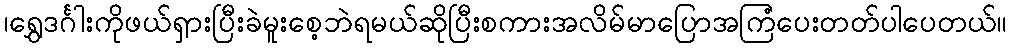
၊ရွှေဒင်္ဂါးကိုဖယ်ရှားပြီးခဲမူးစေ့ဘဲရမယ်ဆိုပြီးစကားအလိမ်မာပြောအကြံပေးတတ်ပါပေတယ်။